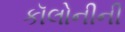
કૉલોનીની